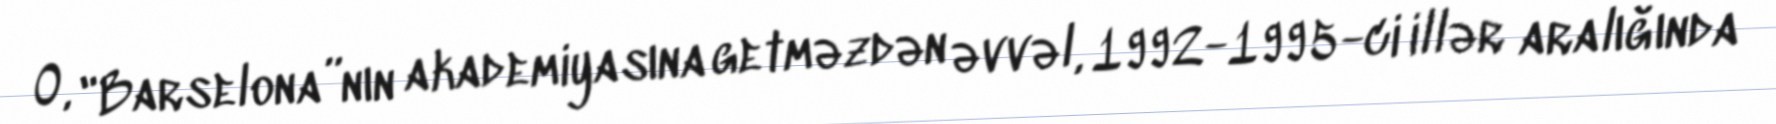
O, "Barselona”nın akademiyasına getməzdən əvvəl, 1992-1995-ci illər aralığında